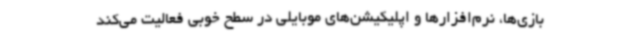
بازی‌ها، نرم‌افزارها و اپلیکیشن‌های موبایلی در سطح خوبی فعالیت می‌کند